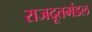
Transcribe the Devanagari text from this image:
राजदूतमंडल